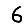
Digit: 6